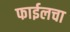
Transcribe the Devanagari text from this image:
फाईलचा